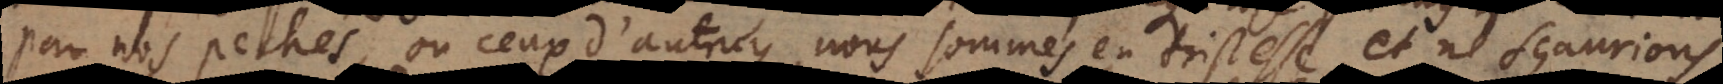
par nos pechés, ou ceux d’autruy, nous sommes en tristesse et ne sçaurions